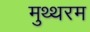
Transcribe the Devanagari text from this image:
मुथ्थरम